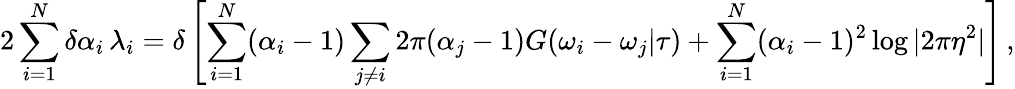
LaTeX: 2\sum_{i=1}^{N}\delta\alpha_{i}\, \lambda_{i}=\delta\left[\sum_{i=1}^{N}(\alpha_{i}-1)\sum_{j\neq i}2\pi(\alpha_{j}-1)G(\omega_{i}-\omega_{j}|\tau)+\sum_{i=1}^{N}(\alpha_{i}-1)^{2}\log|2\pi\eta^{2}|\right]\, ,